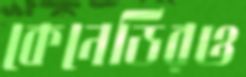
কেনেডিরও